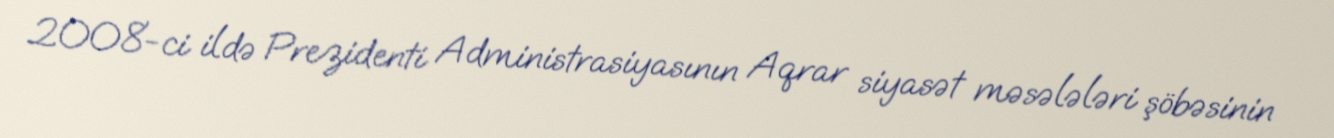
2008-ci ildə Prezidenti Administrasiyasının Aqrar siyasət məsələləri şöbəsinin